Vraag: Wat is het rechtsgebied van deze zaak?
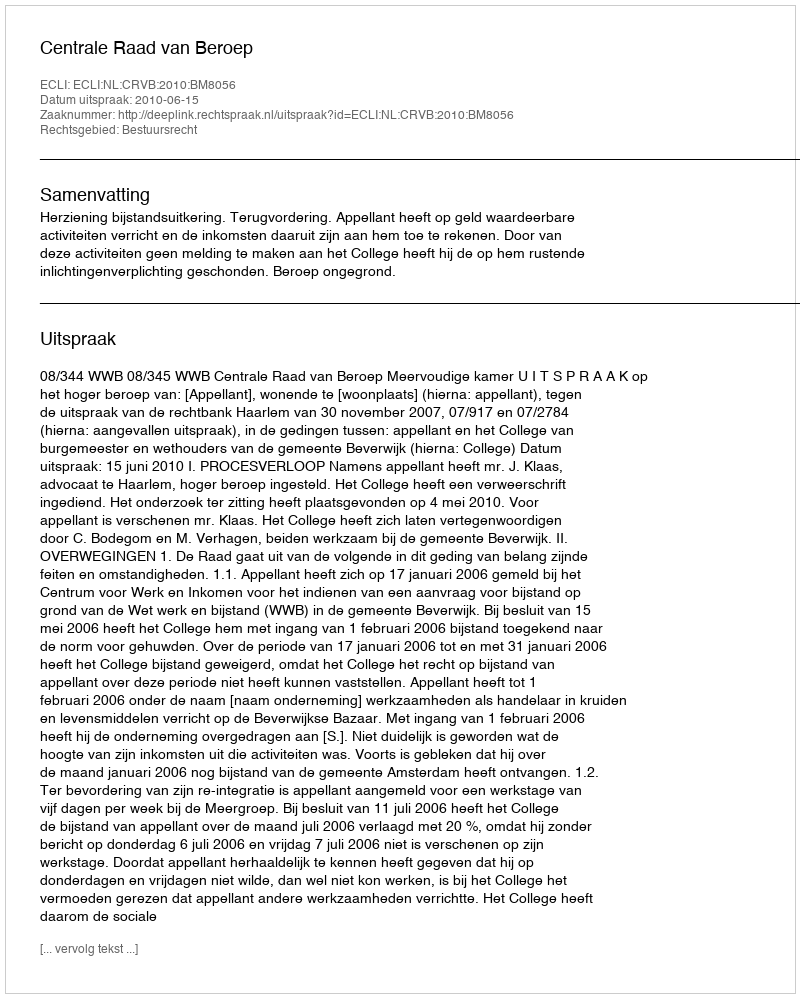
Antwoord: Bestuursrecht